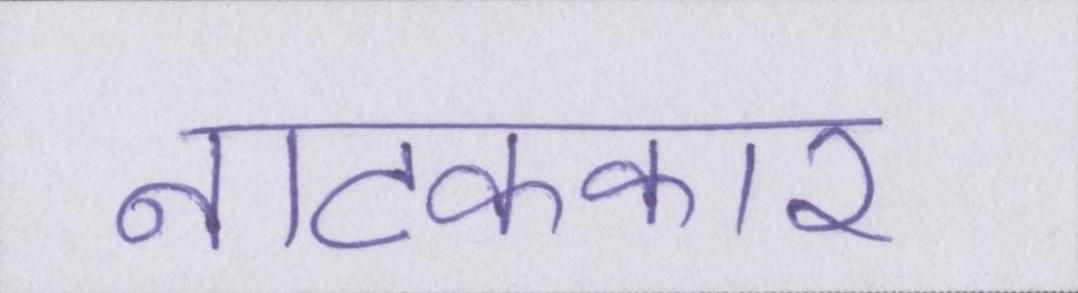
नाटककार